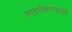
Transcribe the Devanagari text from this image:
सादरीकरणामुळे